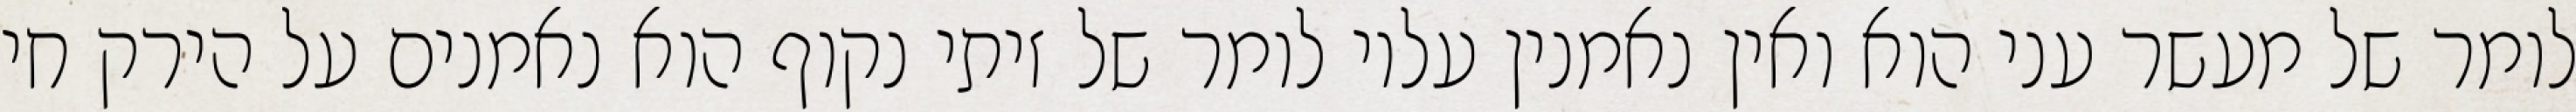
לומר של מעשר עני הוא ואין נאמנין עליו לומר של זיתי נקוף הוא נאמנים על הירק חי